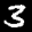
Label: 3